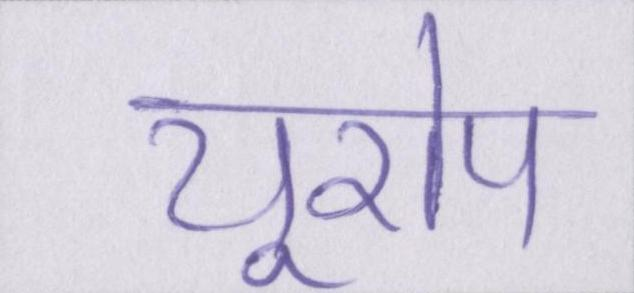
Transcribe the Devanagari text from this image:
यूरोप